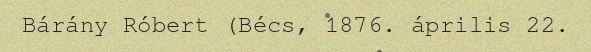
Bárány Róbert (Bécs, 1876. április 22.